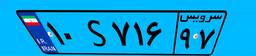
۹۹S۲۴۲۷۹